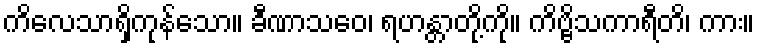
ကိလေသာရှိကုန်သော။ ခီဏာသဝေ၊ ရဟန္တာတို့ကို။ ကိဗ္ဗိသကာရီတိ၊ ကား။